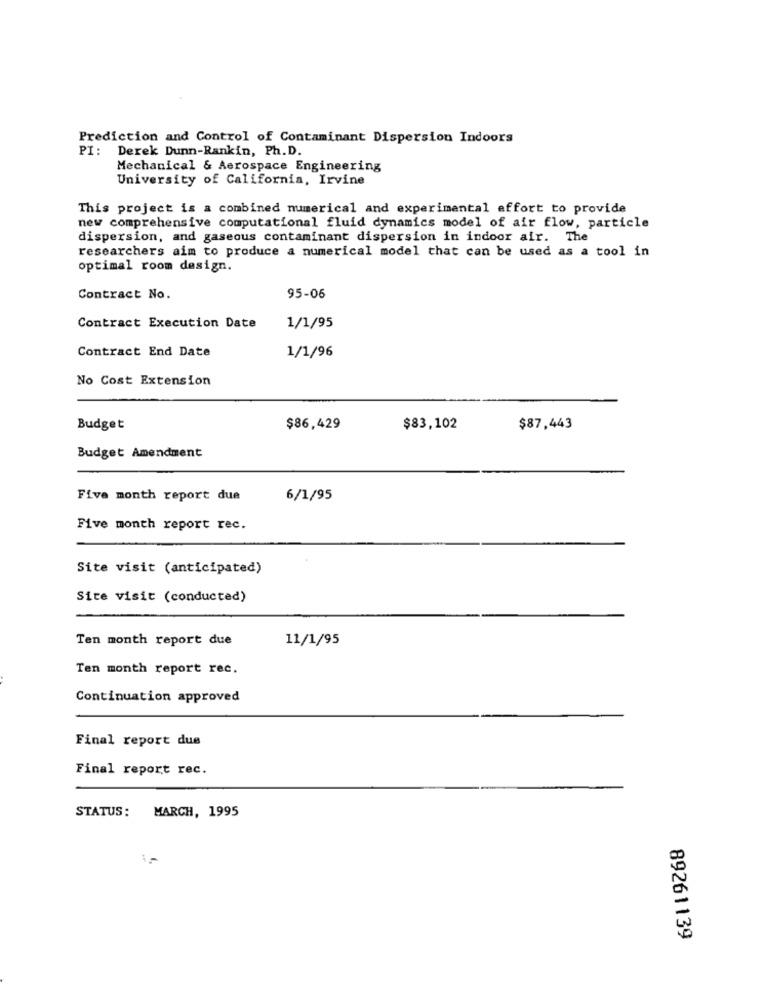
Prediction and Control of Contaminant Dispersion Indoors
PI: Derek Dunn-Rankin, Ph. D.
Mechanical & Aerospace Engineering
University of California, Irvine
This project is a combined numerical and experimental effort to provide
new comprehensive computational fluid dynamics model of air flow, particle
dispersion, and gaseous contaminant dispersion in indoor air. The
researchers aim to produce a numerical model that can be used as a tool in
optimal room design.
Contract No.
95-06
Contract Execution Date
1/1/95
Contract End Date
1/1/96
No Cost Extension
Budget
$86,429
$83,102
$87,443
Budget Amendment
Five month report due
6/1/95
Five month report rec.
Site visit (anticipated)
Site visit (conducted)
Ten month report due
11/1/95
Ten month report rec.
Continuation approved
Final report due
Final report rec.
STATUS: MARCH, 1995
89261139